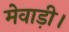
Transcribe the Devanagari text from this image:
मेवाड़ी।